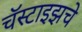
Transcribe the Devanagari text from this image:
चॅस्टाइझचे